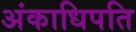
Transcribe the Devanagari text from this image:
अंकाधिपति